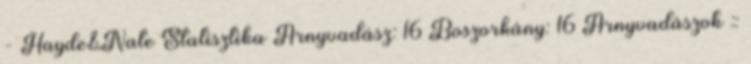
- Hayde&Nate Statisztika Árnyvadász: 16 Boszorkány: 16 Árnyvadászok ::